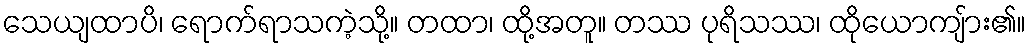
သေယျထာပိ၊ ရောက်ရာသကဲ့သို့။ တထာ၊ ထို့အတူ။ တဿ ပုရိသဿ၊ ထိုယောကျ်ား၏။